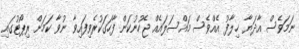
ނަމަވެސް އާދަޔާ ޚިލާފު އެއްވެސް މައްސަލައެއް ޖެހުނުކަން ފާހަގަކުރެވިފައިވާ ނުވާ ކަމަށް ރިޕޯޓުގައި